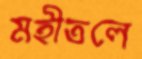
মহীতলে